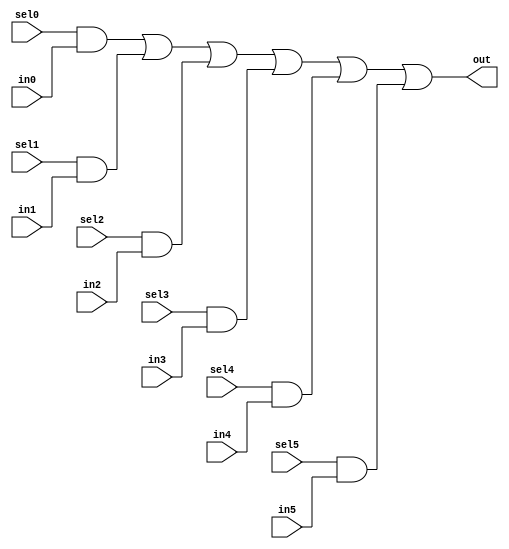
////////////////////////////////////////////////////////////////////////////////
//
// Filename    : mux6
// Description : 6:1 parallel mux.
//
// History     : Initial 	
//
////////////////////////////////////////////////////////////////////////////////

module mux6
    (
    sel0,
    in0,
    //-------------------
    sel1,
    in1,
    //-------------------
    sel2,
    in2,
    //-------------------
    sel3,
    in3,
    //-------------------
    sel4,
    in4,
    //-------------------
    sel5,
    in5,
    //-------------------
    out
    );

//------------------------------------------------------------------------------
//Parameters
parameter DW = 1'b1;
//------------------------------------------------------------------------------
// Port declarations
input               sel0;
input [DW-1:0]	    in0;
//
input               sel1;
input [DW-1:0]	    in1;
//
input               sel2;
input [DW-1:0]	    in2;
//
input               sel3;
input [DW-1:0]	    in3;
//
input               sel4;
input [DW-1:0]	    in4;
//
input               sel5;
input [DW-1:0]	    in5;
//
output [DW-1:0]	    out;
//------------------------------------------------------------------------------
//internal signal

//------------------------------------------------------------------------------
//Logic
assign out = ({DW{sel0}} & in0) |
             ({DW{sel1}} & in1) |
             ({DW{sel2}} & in2) |
             ({DW{sel3}} & in3) |
             ({DW{sel4}} & in4) |
             ({DW{sel5}} & in5);

endmodule